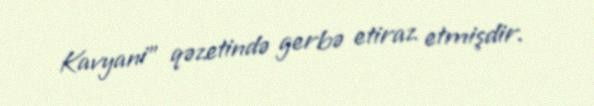
Kavyani" qəzetində gerbə etiraz etmişdir.